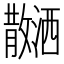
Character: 𪯝